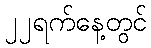
၂၂ရက်နေ့တွင်